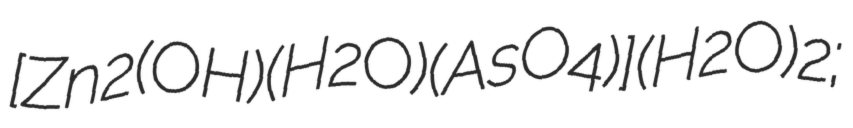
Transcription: [Zn2(OH)(H2O)(AsO4)](H2O)2;